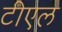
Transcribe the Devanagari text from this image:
टीएल